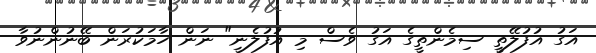
އަގު އުފުލޭތީ ސިމެންތީގެ އަގު ވެސް މި އުފުލެނީ" ނަން ހާމަކުރަން ބޭނުންނުވާ